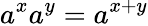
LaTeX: a^{x}a^{y}=a^{x+y}